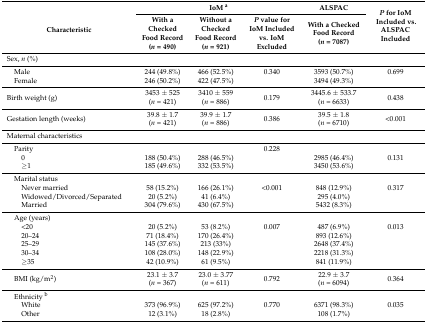
<table><thead><tr><td rowspan="2"><b>Characteristic</b></td><td colspan="3"><b>IoM <sup>a</sup></b></td><td><b>ALSPAC</b></td><td rowspan="2"><b><i>P</i> for IoM Included vs. ALSPAC Included</b></td></tr><tr><td><b>With a Checked Food Record (<i>n</i> = 490)</b></td><td><b>Without a Checked Food Record (<i>n</i> = 921)</b></td><td><b><i>P</i> value for IoM Included vs. IoM Excluded</b></td><td><b>With a Checked Food Record (<i>n</i> = 7087)</b></td></tr></thead><tbody><tr><td>Sex, <i>n</i> (%)</td><td></td><td></td><td></td><td></td><td></td></tr><tr><td> Male</td><td>244 (49.8%)</td><td>466 (52.5%)</td><td>0.340</td><td>3593 (50.7%)</td><td>0.699</td></tr><tr><td> Female</td><td>246 (50.2%)</td><td>422 (47.5%)</td><td></td><td>3494 (49.3%)</td><td></td></tr><tr><td>Birth weight (g)</td><td>3453 ± 525 (<i>n</i> = 421)</td><td>3410 ± 559 (<i>n</i> = 886)</td><td>0.179</td><td>3445.6 ± 533.7 (<i>n</i> = 6633)</td><td>0.438</td></tr><tr><td>Gestation length (weeks)</td><td>39.8 ± 1.7 (<i>n</i> = 421)</td><td>39.9 ± 1.7 (<i>n</i> = 886)</td><td>0.386</td><td>39.5 ± 1.8 (<i>n</i> = 6710)</td><td>&lt;0.001</td></tr><tr><td>Maternal characteristics</td><td></td><td></td><td></td><td></td><td></td></tr><tr><td> Parity</td><td></td><td></td><td>0.228</td><td></td><td></td></tr><tr><td>0</td><td>188 (50.4%)</td><td>288 (46.5%)</td><td></td><td>2985 (46.4%)</td><td>0.131</td></tr><tr><td>≥1</td><td>185 (49.6%)</td><td>332 (53.5%)</td><td></td><td>3450 (53.6%)</td><td></td></tr><tr><td> Marital status</td><td></td><td></td><td></td><td></td><td></td></tr><tr><td>Never married</td><td>58 (15.2%)</td><td>166 (26.1%)</td><td>&lt;0.001</td><td>848 (12.9%)</td><td>0.317</td></tr><tr><td>Widowed/Divorced/Separated</td><td>20 (5.2%)</td><td>41 (6.4%)</td><td></td><td>295 (4.0%)</td><td></td></tr><tr><td>Married</td><td>304 (79.6%)</td><td>430 (67.5%)</td><td></td><td>5432 (8.3%)</td><td></td></tr><tr><td> Age (years)</td><td></td><td></td><td></td><td></td><td></td></tr><tr><td>&lt;20</td><td>20 (5.2%)</td><td>53 (8.2%)</td><td>0.007</td><td>487 (6.9%)</td><td>0.013</td></tr><tr><td>20–24</td><td>71 (18.4%)</td><td>170 (26.4%)</td><td></td><td>893 (12.6%)</td><td></td></tr><tr><td>25–29</td><td>145 (37.6%)</td><td>213 (33%)</td><td></td><td>2648 (37.4%)</td><td></td></tr><tr><td>30–34</td><td>108 (28.0%)</td><td>148 (22.9%)</td><td></td><td>2218 (31.3%)</td><td></td></tr><tr><td>≥35</td><td>42 (10.9%)</td><td>61 (9.5%)</td><td></td><td>841 (11.9%)</td><td></td></tr><tr><td> BMI (kg/m<sup>2</sup>)</td><td>23.1 ± 3.7 (<i>n</i> = 367)</td><td>23.0 ± 3.77 (<i>n</i> = 611)</td><td>0.792</td><td>22.9 ± 3.7 (<i>n</i> = 6094)</td><td>0.364</td></tr><tr><td> Ethnicity <sup>b</sup></td><td></td><td></td><td></td><td></td><td></td></tr><tr><td>White</td><td>373 (96.9%)</td><td>625 (97.2%)</td><td>0.770</td><td>6371 (98.3%)</td><td>0.035</td></tr><tr><td>Other</td><td>12 (3.1%)</td><td>18 (2.8%)</td><td></td><td>108 (1.7%)</td><td></td></tr></tbody></table>